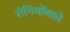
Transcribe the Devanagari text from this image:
रोगियोंवाले